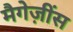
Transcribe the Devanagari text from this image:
मैगेज़ींस